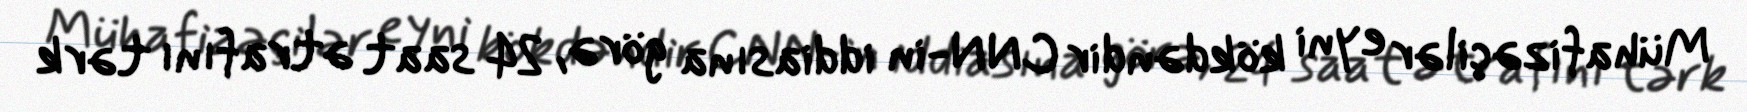
Mühafizəçilər eyni kökdəndir CNN-in iddiasına görə, 24 saat ətrafını tərk